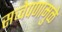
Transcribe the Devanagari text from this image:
सच्चेपणामुळे